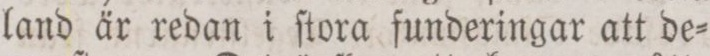
land är redan i ſtora funderingar att de=